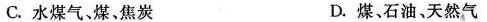
C. 水煤气、煤、焦炭 D. 煤、石油、天然气